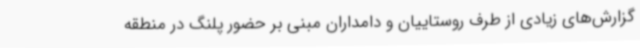
گزارش‌های زیادی از طرف روستاییان و دامداران مبنی بر حضور پلنگ در منطقه